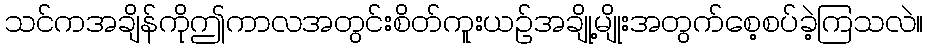
သင်ကအချိန်ကိုဤကာလအတွင်းစိတ်ကူးယဉ်အချို့မျိုးအတွက်စေ့စပ်ခဲ့ကြသလဲ။